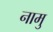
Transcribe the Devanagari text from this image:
नामु